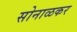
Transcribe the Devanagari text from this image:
सोनाळकर